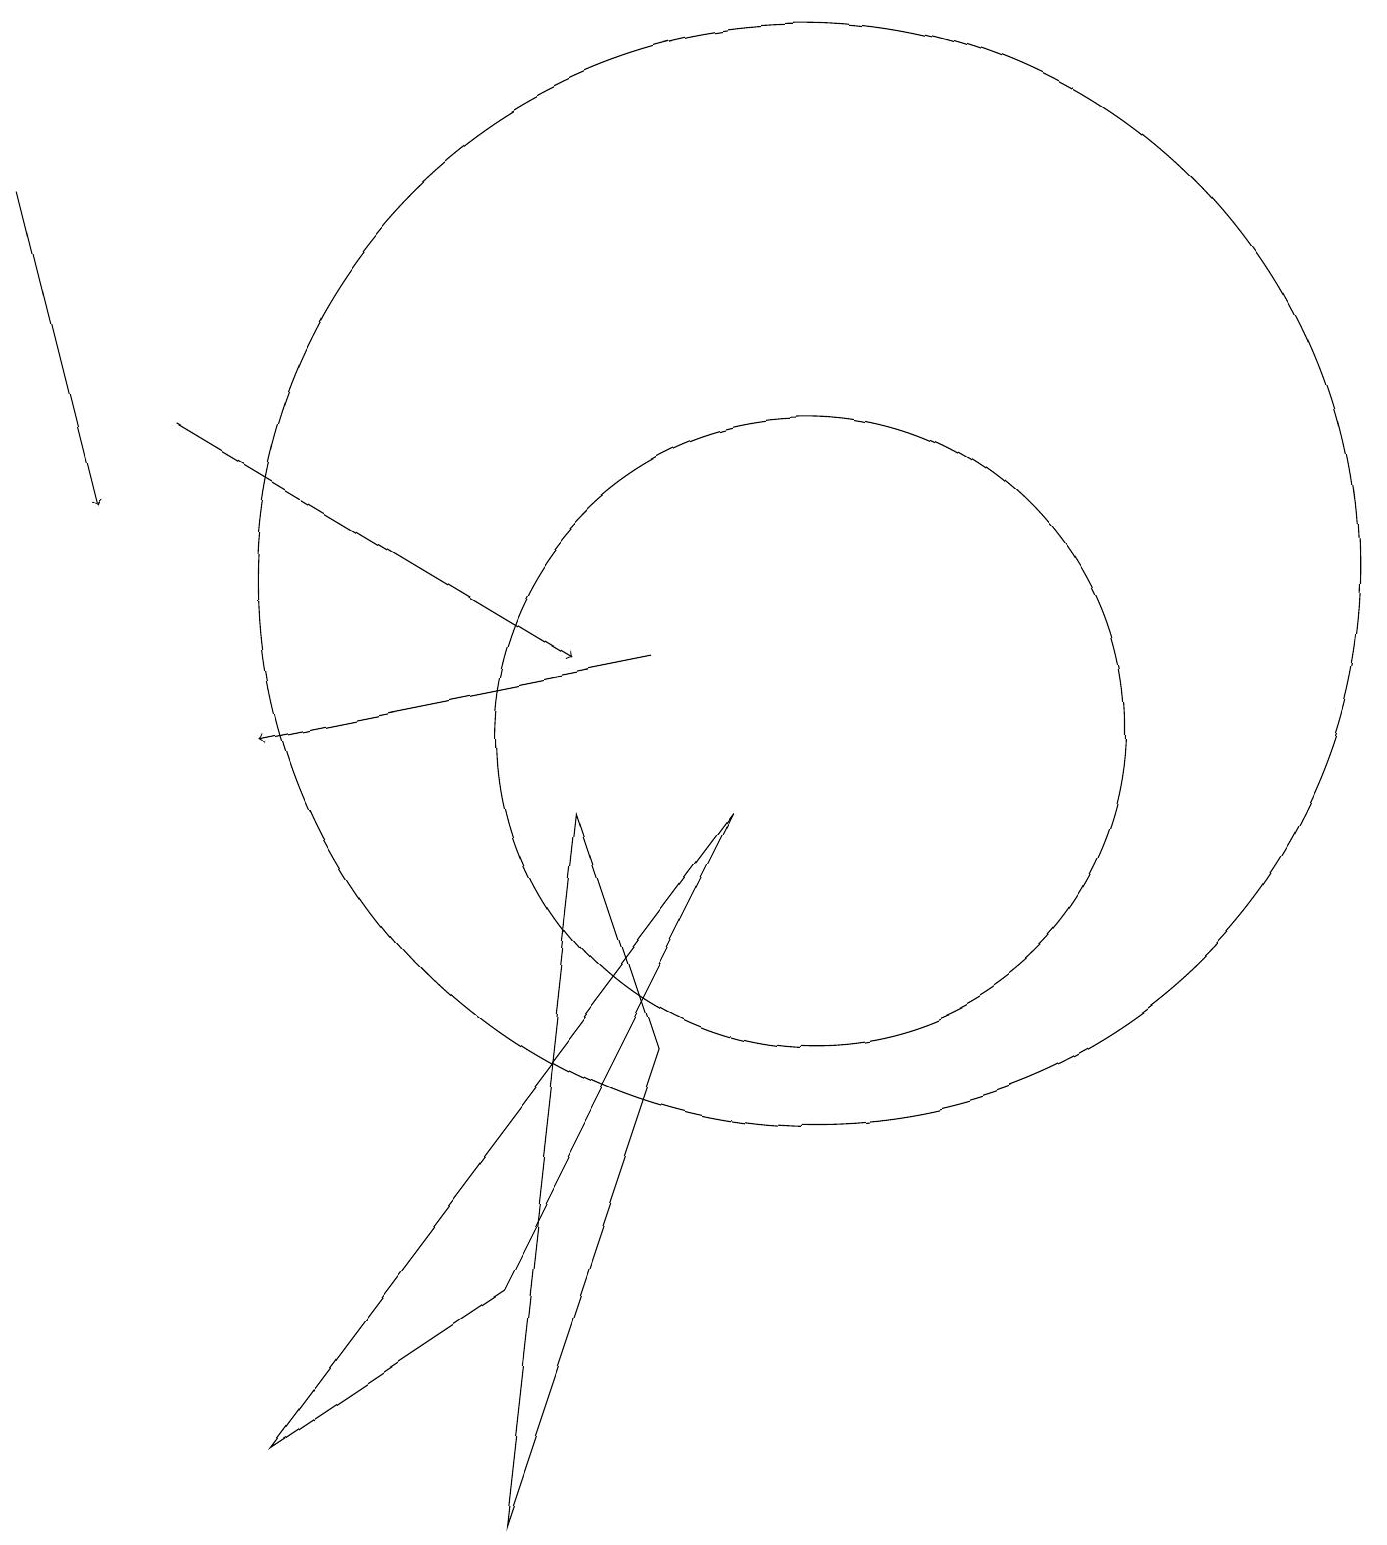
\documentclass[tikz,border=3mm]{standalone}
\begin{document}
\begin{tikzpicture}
\draw[->] (8,11) -- (3,10);
\draw (3,1) -- (6,3) -- (9,9) -- cycle;
\draw[->] (0,17) -- (1,13);
\draw (10,10) circle (4);
\draw (8,6) -- (7,9) -- (6,0) -- cycle;
\draw (10,12) circle (7);
\draw[->] (2,14) -- (7,11);
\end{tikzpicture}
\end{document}